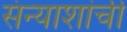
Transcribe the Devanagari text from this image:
संन्याशांची